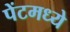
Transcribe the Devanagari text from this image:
पेंटमध्ये